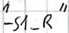
Text: "-S1_R"